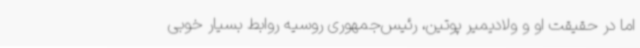
اما در حقیقت او و ولادیمیر پوتین، رئیس‌جمهوری روسیه روابط بسیار خوبی